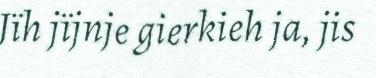
Jïh jïjnje gierkieh ja, jis